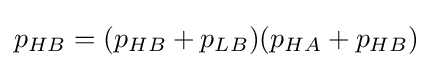
p_{HB}=(p_{HB}+p_{LB})(p_{HA}+p_{HB})